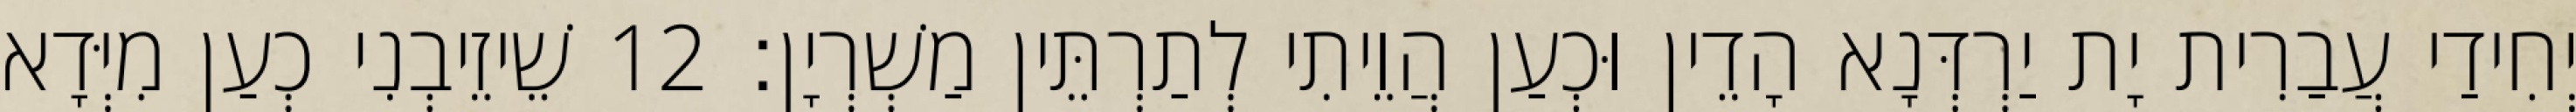
יְחִידַי עֲבַרִית יָת יַרְדְּנָא הָדֵין וּכְעַן הֲוֵיתִי לְתַרְתֵּין מַשְׁרְיָן׃ 12 שֵׁיזֵיבְנִי כְעַן מִיְּדָא